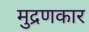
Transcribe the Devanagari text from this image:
मुद्रणकार